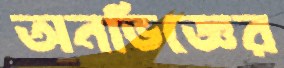
অনভিজ্ঞের